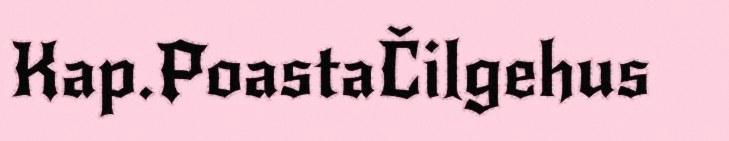
Kap.PoastaČilgehus